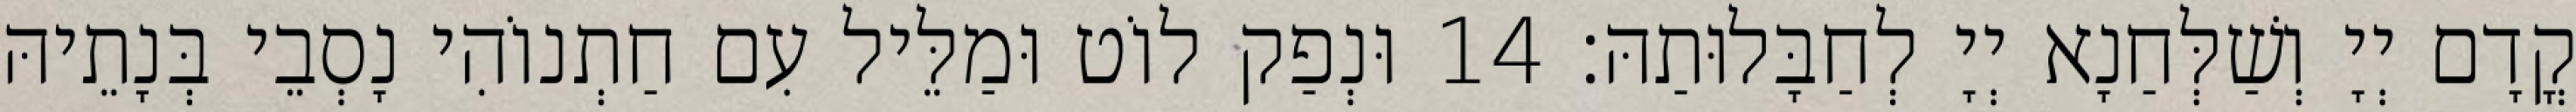
קֳדָם יְיָ וְשַׁלְּחַנָא יְיָ לְחַבָּלוּתַהּ׃ 14 וּנְפַק לוֹט וּמַלֵּיל עִם חַתְנוֹהִי נָסְבֵי בְּנָתֵיהּ